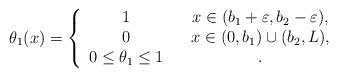
LaTeX: \begin{align*}\theta_1(x)=\left\{\begin{array}{clc}1&&x\in (b_1+\varepsilon,b_2-\varepsilon),\\0&&x\in (0,b_1)\cup (b_2,L),\\0\leq \theta_1\leq 1&&.\end{array}\right.\end{align*}